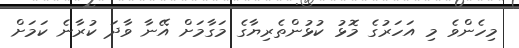
މިހެންވެ މި އަހަރުގެ މޮޅު ކުޅުންތެރިޔާގެ މަގާމަށް އޭނާ ވާދަ ކުރާނެ ކަމަށް